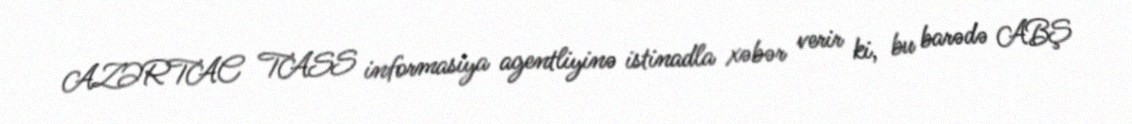
AZƏRTAC TASS informasiya agentliyinə istinadla xəbər verir ki, bu barədə ABŞ